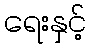
ရေးနှင့်